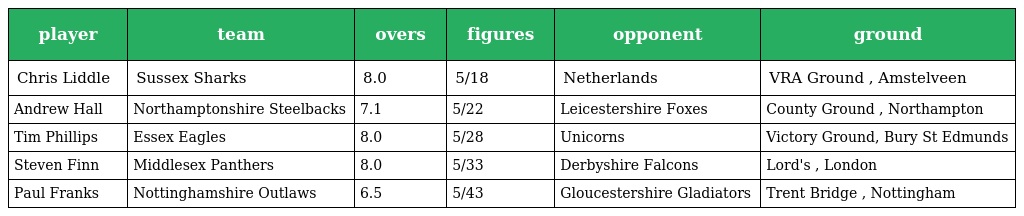
| player | team | overs | figures | opponent | ground |
 | --- | --- | --- | --- | --- | --- |
 | Chris Liddle | Sussex Sharks | 8.0 | 5/18 | Netherlands | VRA Ground , Amstelveen |
 | Andrew Hall | Northamptonshire Steelbacks | 7.1 | 5/22 | Leicestershire Foxes | County Ground , Northampton |
 | Tim Phillips | Essex Eagles | 8.0 | 5/28 | Unicorns | Victory Ground, Bury St Edmunds |
 | Steven Finn | Middlesex Panthers | 8.0 | 5/33 | Derbyshire Falcons | Lord's , London |
 | Paul Franks | Nottinghamshire Outlaws | 6.5 | 5/43 | Gloucestershire Gladiators | Trent Bridge , Nottingham |